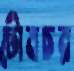
টোমচর